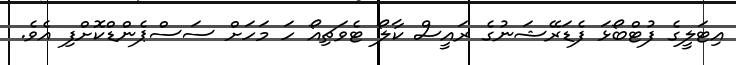
އިޓަލީގެ ފުޓްބޯޅަ ފެޑަރޭޝަނުގެ ރައީސް ކާލޯ ޓެވަޗިއޯ ހަ މަހަށް ސަސްޕެންޑްކޮށްފި އެވެ.